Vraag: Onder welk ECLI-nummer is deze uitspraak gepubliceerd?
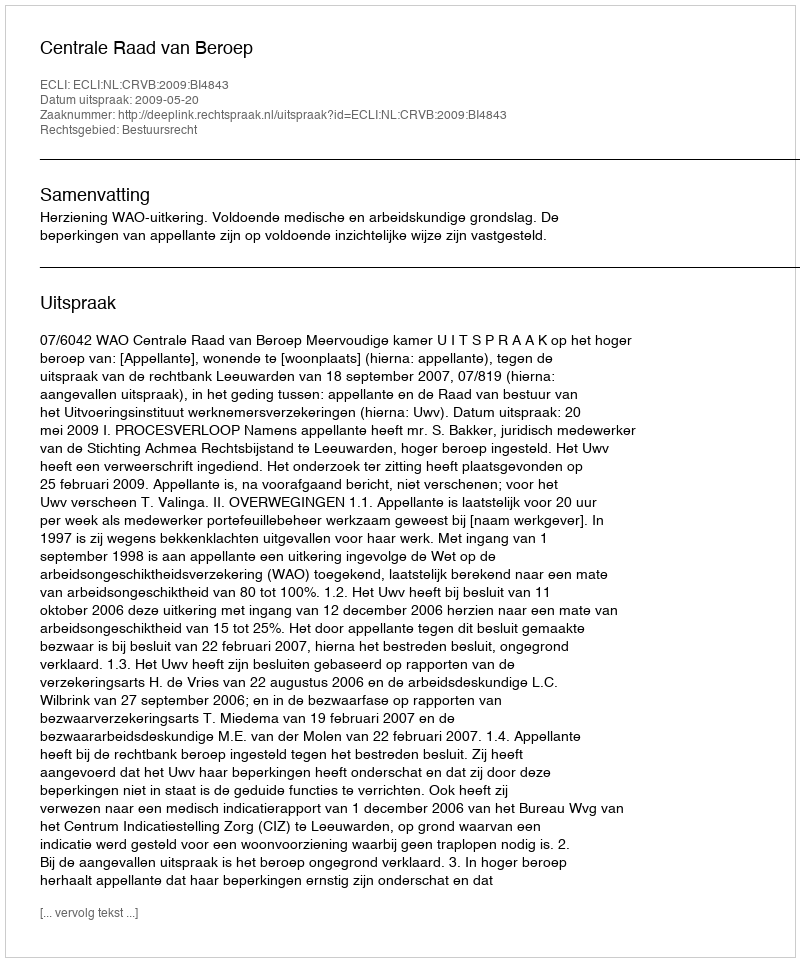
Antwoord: ECLI:NL:CRVB:2009:BI4843